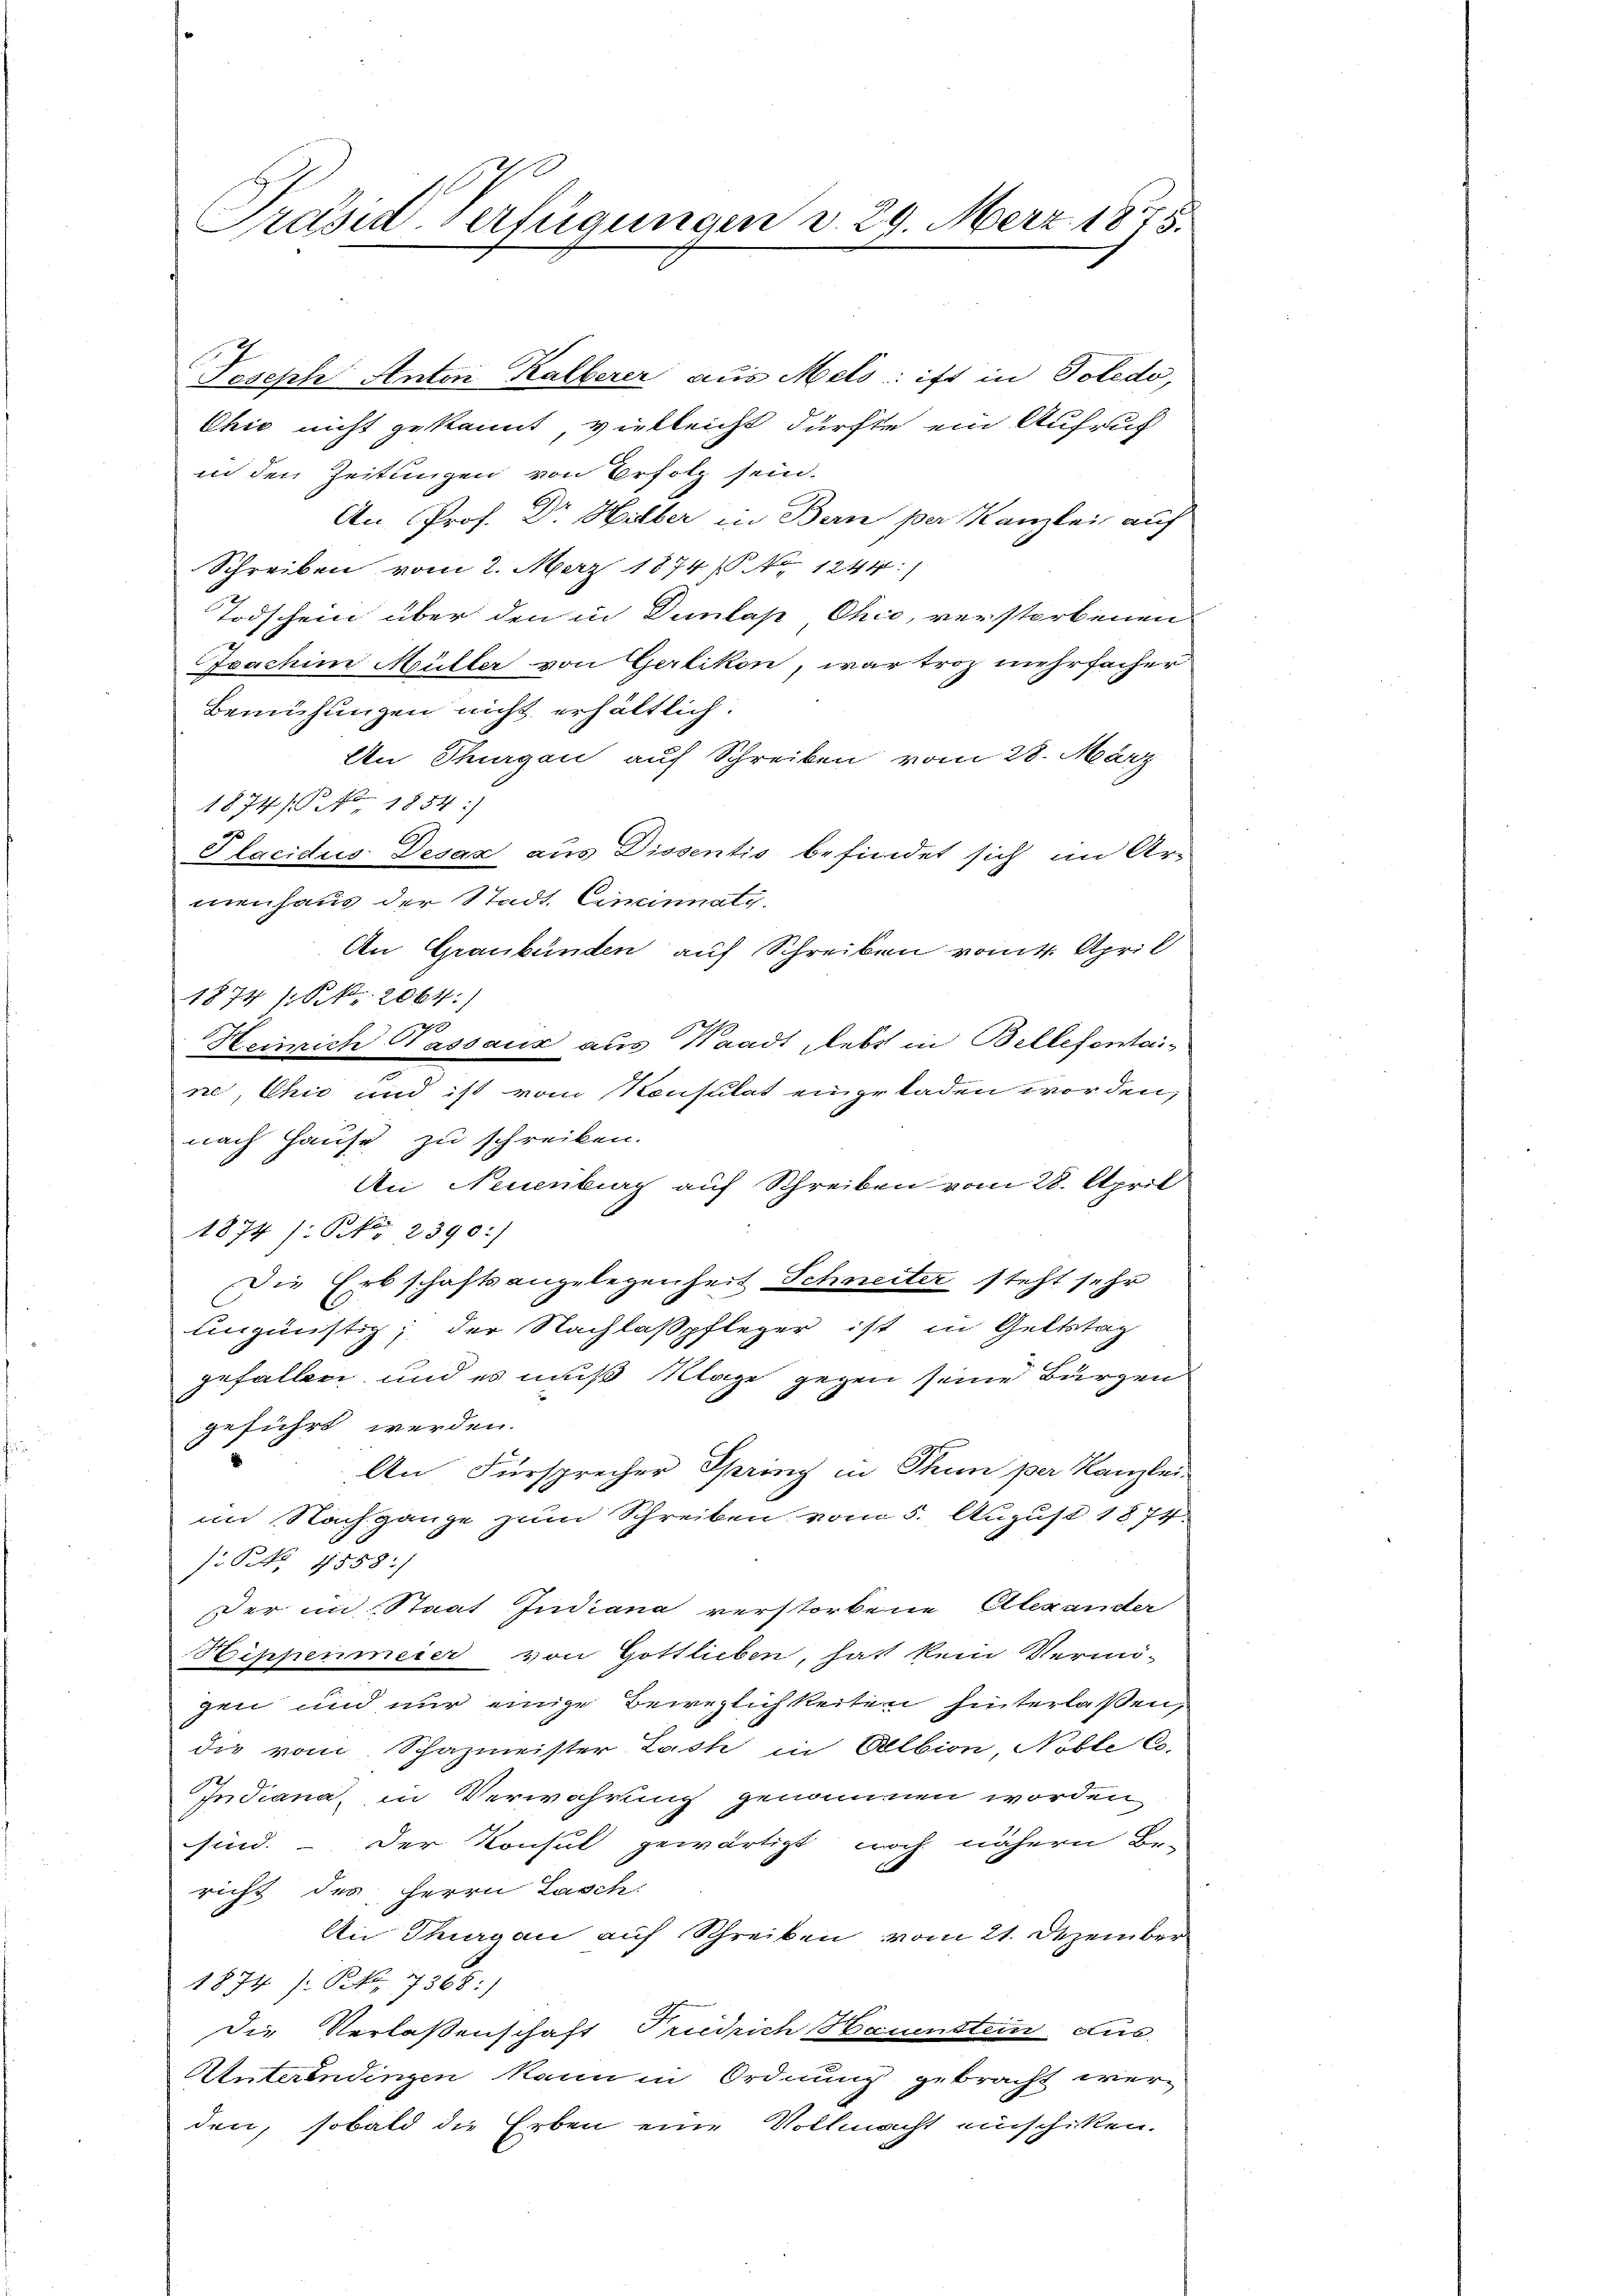
Präsid. Verfügungen d. 29. März 1875.

Joseph Anton Kalberer aus Melo ist in Poledo,
Chić nicht gekannt, vielleicht dürfte ein Aufruc
in den Zeitungen von Befolg sein.
An Prof. Dr. Hilber in Bern per Kanzlei auf
Schreiben vom 2. März 1874 / No 1244)
Todschein über den in Dunlap Chie, verstorbenen
Ioachim Müller von Gerlikon, war troz mehrfacher
Bemühungen nicht erhältlich.
An Thurgau auf Schreiben vom 28. März
1874/ 1854:)
u
Slacidus Desax aus Dissentis befindet sich im Ar-
menhaus der Stadt. Ciminaty.
An Graubünden auf Schreiben vom 4. April
1874 (Str. 2064)
Heinrich Passaus aus Waadt, lebt in Bellesentaine, Chić und ist vom Konsulat eingeladen worden,
nach Hause zu schreiben.
An Neuenburg auf Schreiben vom 28. April
1874 /: Pkt. 2390:)
Die Erbschaftsangelegenheit Schneiter steht sehr
lngünstig; der Nachlaßpfleger ist in Geltstag
gefallen und es muß Klage gegen seine Bürgen
geführt werden.
An Fürsprecher Spring in Thun per Kanzlei-
im Nachgange zum Schreiben vom 5. August 1874.
 No. 1858/
Der im Staat Indiana verstorbene Alexander
Rippenmeier von Gottlieben, hatt kein Vermö-
gen und nur einige Beweglichkeiten hinterlaßen,
die vom Schazmeister Last in Albion, Noble C.
Indiana, in Verwahrung genommen worden,
sind. Der Konsul gewärtigt noch nähern Be-
richt des Herrn Lasch.
An Thurgau auf Schreiben vom 21. Dezember
1874) S. 7368:)
Die Verlaßenschaft Triedrich Haunstein. Aus-
Unterendingen kann in Ordnung gebracht werden, sobald die Erben eine Vollmacht einschiken.